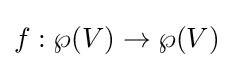
f:\wp (V)\to \wp (V)